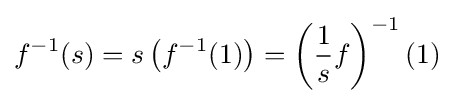
f^{-1}(s)=s\left(f^{-1}(1)\right)=\left({\frac {1}{s}}f\right)^{-1}(1)